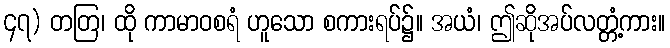
၄၇) တတြ၊ ထို ကာမာဝစရံ ဟူသော စကားရပ်၌။ အယံ၊ ဤဆိုအပ်လတ္တံ့ကား။